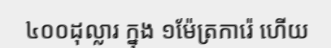
៤០០ដុល្លារ ក្នុង ១ម៉ែត្រការ៉េ ហើយ